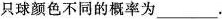
只球颜色不同的概率为___.